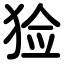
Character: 猃